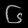
Digit: ၆